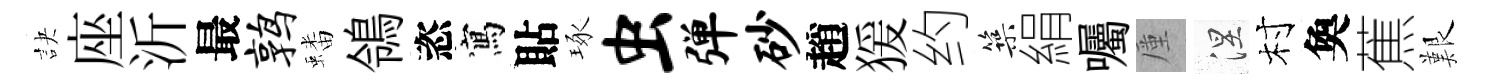
訣座沂最鹑蟠鴒恣寫貼琢虫弹砂趙猨约築絹囑厪涅村奐蕉艱